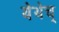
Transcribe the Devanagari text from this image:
येथेच्